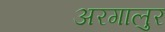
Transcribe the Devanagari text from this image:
अरगालुर